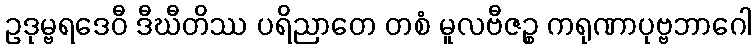
ဥဒုမ္ဗရဒေဝီ ဒီဃီတိဿ ပရိညာတေ တစံ မူလဗီဇဉ္စ ကရုဏာပုဗ္ဗဘာဂေါ